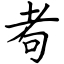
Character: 耇